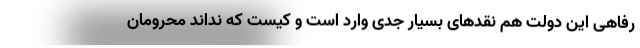
رفاهی این دولت هم نقدهای بسیار جدی وارد است و کیست که نداند محرومان